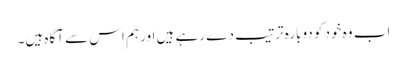
اب وہ خود کو دوبارہ ترتیب دے رہے ہیں اور ہم اس سے آگاہ ہیں۔